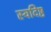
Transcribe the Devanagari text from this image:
स्वदिष्ठ